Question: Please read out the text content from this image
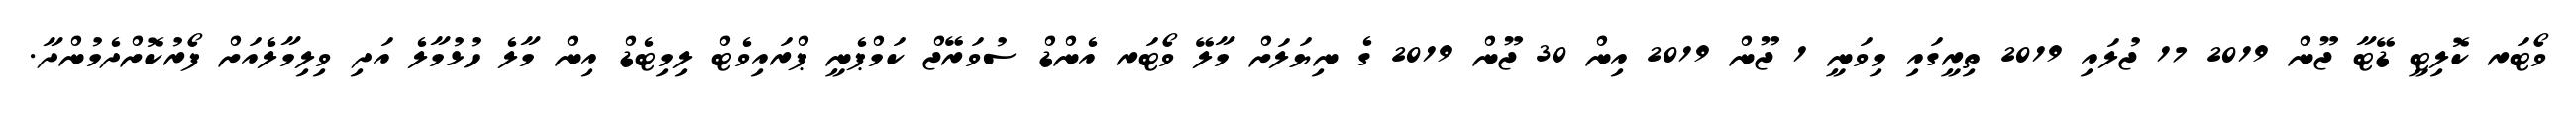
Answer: ވޯޓަރ ކޮލިޓީ ޑޭޓާ ޖޫން 2019 17 ޖުލައި 2019 ތިރީގައި މިވަނީ 1 ޖޫން 2019 އިން 30 ޖޫން 2019 ގެ ނިޔަލަށް މާލޭ ވޯޓަރ އެންޑް ސުވަރޭޖް ކަމްޕެނީ ޕްރައިވެޓް ލިމިޓެޑް އިން މާލެ ހުޅުމާލެ އަދި ވިލިމާލެއަށް ފޯރުކޮށްދެމުންދާ.